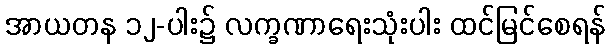
အာယတန ၁၂-ပါး၌ လက္ခဏာရေးသုံးပါး ထင်မြင်စေရန်